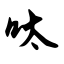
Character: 呔